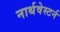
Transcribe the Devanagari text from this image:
नार्थवेस्टर्न